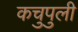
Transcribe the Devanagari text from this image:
कचुपुली